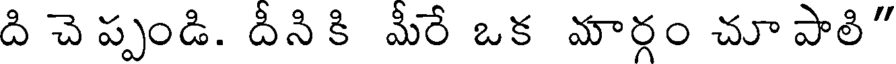
ది చె ప్పండి. దీని కి మీరే ఒక మార్గం చూ పాలి"